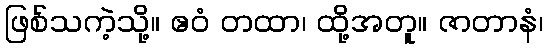
ဖြစ်သကဲ့သို့။ ဧဝံ တထာ၊ ထို့အတူ။ ဇာတာနံ၊